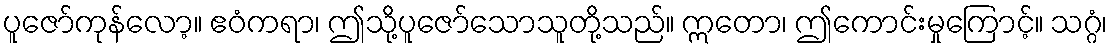
ပူဇော်ကုန်လော့။ ဧဝံကရာ၊ ဤသို့ပူဇော်သောသူတို့သည်။ ဣတော၊ ဤကောင်းမှုကြောင့်။ သဂ္ဂံ၊